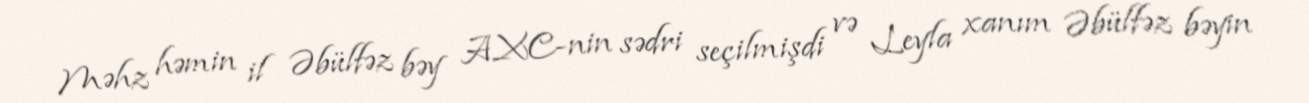
Məhz həmin il Əbülfəz bəy AXC-nin sədri seçilmişdi və Leyla xanım Əbülfəz bəyin